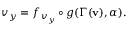
v _ { y } = f _ { v _ { y } } \circ g ( \Gamma ( \mathbf { v } ) , \alpha ) .